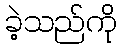
ခဲ့သည်ကို